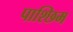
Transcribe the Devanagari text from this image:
पाश्छिम